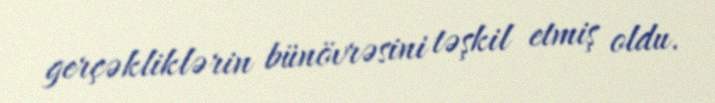
gerçəkliklərin bünövrəsini təşkil etmiş oldu.